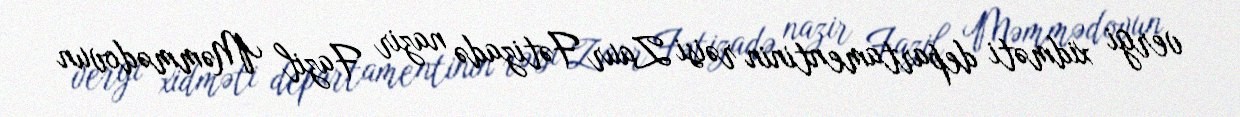
vergi xidməti departamentinin rəisi Zaur Fətizadə nazir Fazil Məmmədovun